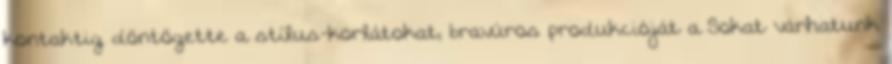
kontaktig döntögette a stílus-korlátokat, bravúros produkcióját a Sokat várhatunk